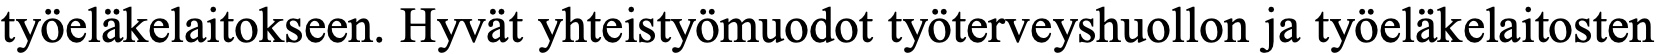
työeläkelaitokseen. Hyvät yhteistyömuodot työterveyshuollon ja työeläkelaitosten